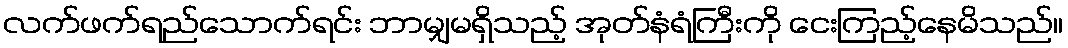
လက်ဖက်ရည်သောက်ရင်း ဘာမျှမရှိသည့် အုတ်နံရံကြီးကို ငေးကြည့်နေမိသည်။